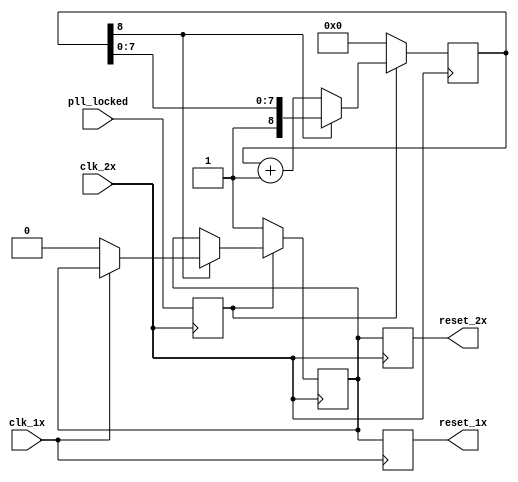
// reset_generator.v
//
// Copyright (C) 2020 Dan Rodrigues <danrr.gh.oss@gmail.com>
//
// SPDX-License-Identifier: MIT

`default_nettype none

module reset_generator #(
    parameter integer DURATION_EXPONENT = 8
) (
    input clk_1x,
    input clk_2x,
    input pll_locked,

    // (TODO: an actual user reset input, presumably from a button or otherwise)

    output reg reset_1x = 1,
    output reg reset_2x = 1
);
    reg pll_locked_r;

    always @(negedge clk_2x) begin
        pll_locked_r <= pll_locked;
    end

    reg [DURATION_EXPONENT:0] counter = 0;
    
    reg reset = 1;

    always @(negedge clk_2x) begin
        if (!pll_locked_r) begin
            counter <= 0;
            reset <= 1;
        end else begin
            if (!counter[DURATION_EXPONENT]) begin
                counter <= counter + 1;
            end else if (!clk_1x) begin
                // ensure that both reset_1x and reset_2x occur on the same rising edge
                reset <= 0;
            end
        end
    end

    always @(posedge clk_1x) begin
        reset_1x <= reset;
    end

    always @(posedge clk_2x) begin
        reset_2x <= reset;
    end

endmodule